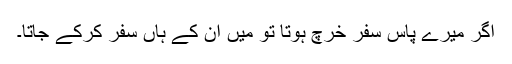
اگر میرے پاس سفر خرچ ہوتا تو میں ان کے ہاں سفر کرکے جاتا۔